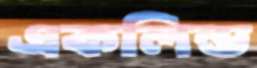
একলিন্ড